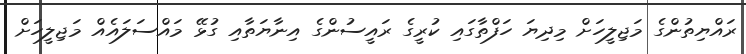
ރައްޔިތުންގެ މަޖިލީހަށް މިދިޔަ ހަފްތާގައި ކުރީގެ ރައީސުންގެ އިނާޔަތާއި ގުޅޭ މައްސަލައެއް މަޖިލީހަށް